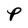
Character: P